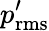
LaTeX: p_{\mathrm{rms}}^{\prime}